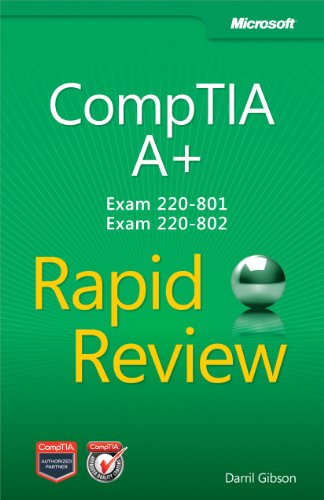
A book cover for CompTIA A+ Rapid Review (Exam 220-801 and Exam 220-802); Darril Gibson; Computers & Technology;